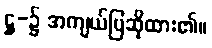
ဋ္ဌ-၌ အကျယ်ပြဆိုထား၏။